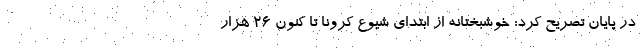
در پایان تصریح کرد: خوشبختانه از ابتدای شیوع کرونا تا کنون ۲۶ هزار